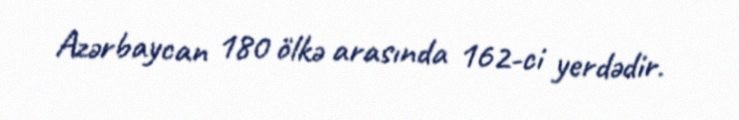
Azərbaycan 180 ölkə arasında 162-ci yerdədir.